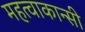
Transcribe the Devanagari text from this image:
महत्वाकान्सी